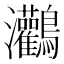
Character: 𪈸